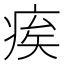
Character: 𤶗